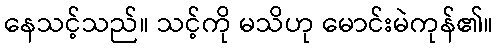
နေသင့်သည်။ သင့်ကို မသိဟု မောင်းမဲကုန်၏။